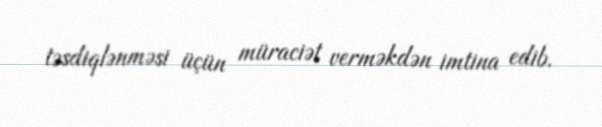
təsdiqlənməsi üçün müraciət verməkdən imtina edib.